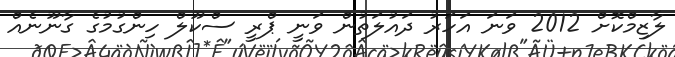
ލާޒިމްކޮށް 2012 ވަނަ އަހަރު ދައުލަތުން ވަނީ ޕްރީ ސްކޫލް ހިންގުމުގެ ގާނޫނެއް